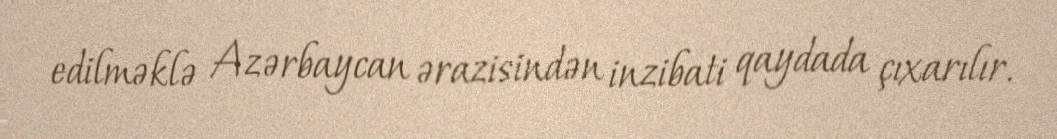
edilməklə Azərbaycan ərazisindən inzibati qaydada çıxarılır.